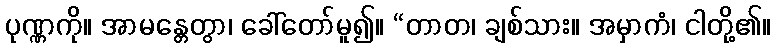
ပုဏ္ဏကို။ အာမန္တေတွာ၊ ခေါ်တော်မူ၍။ “တာတ၊ ချစ်သား။ အမှာကံ၊ ငါတို့၏။